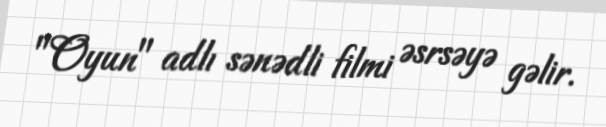
"Oyun" adlı sənədli filmi əsrsəyə gəlir.